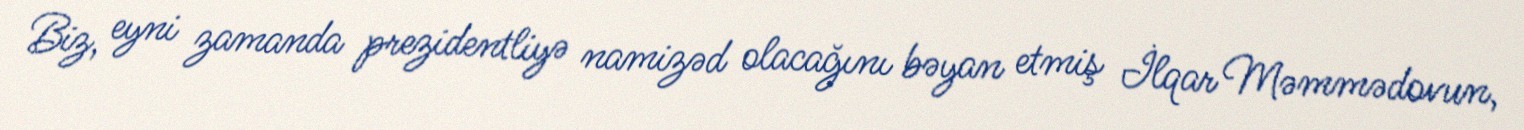
Biz, eyni zamanda prezidentliyə namizəd olacağını bəyan etmiş İlqar Məmmədovun,